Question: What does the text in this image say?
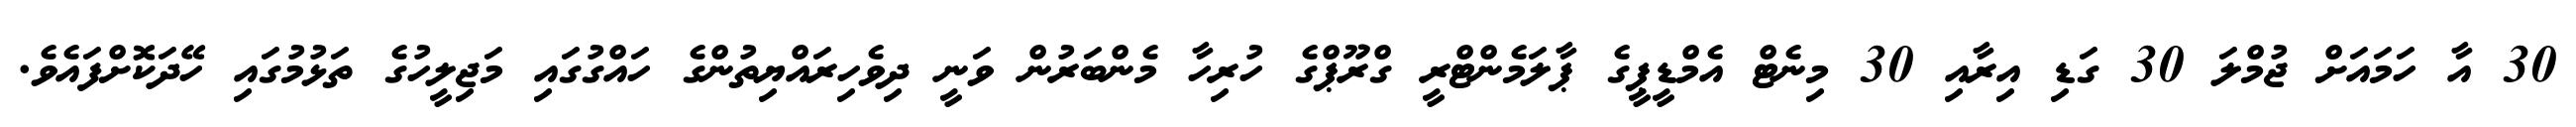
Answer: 30 އާ ހަމައަށް ޖުމްލަ 30 ގަޑި އިރާއި 30 މިނެޓް އެމްޑީޕީގެ ޕާލަމެންޓްރީ ގްރޫޕްގެ ހުރިހާ މެންބަރުން ވަނީ ދިވެހިރައްޔިތުންގެ ހައްގުގައި މަޖިލީހުގެ ތަޅުމުގައި ހޭދަކޮށްފައެވެ.